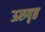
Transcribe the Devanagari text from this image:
ऊरुपृष्ठ